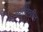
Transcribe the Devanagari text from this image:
अशीदेखील